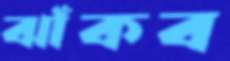
ঝাঁকব